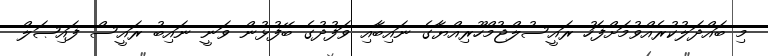
މި ބައްދަލުކުރެއްވުމަށްފަހު ރައީސުލްޖުމްހޫރިއްޔާގެ ނައިބާއި ވަފުދުގެ ބޭފުޅުން ވަނީ ނައިބު ރައީސް ފައިޞަލް